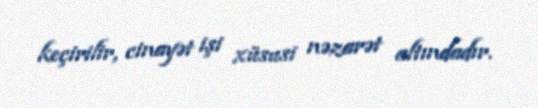
keçirilir, cinayət işi xüsusi nəzarət altındadır.